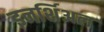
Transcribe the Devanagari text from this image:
इनर्शिअल